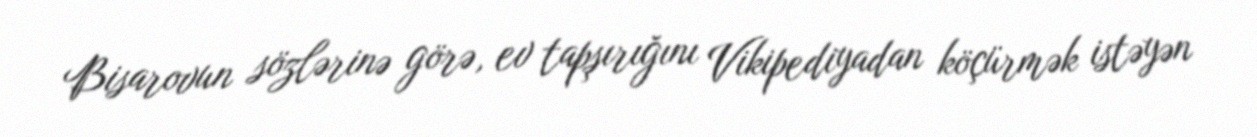
Bisarovun sözlərinə görə, ev tapşırığını Vikipediyadan köçürmək istəyən